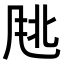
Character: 𬱹